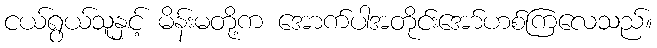
ငယ်ရွယ်သူနှင့် မိန်းမတို့က အောက်ပါအတိုင်းအော်ဟစ်ကြလေသည်။